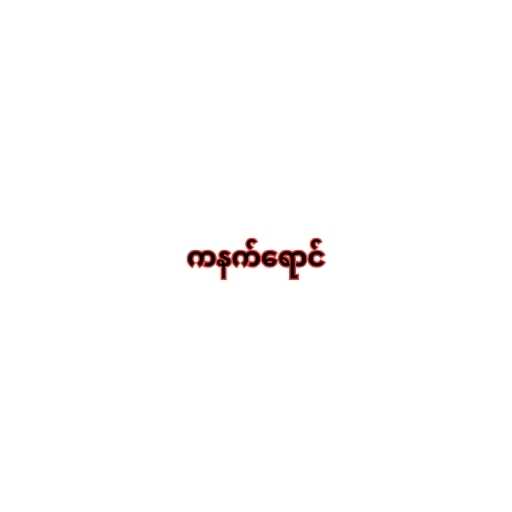
ကနက်ရောင်